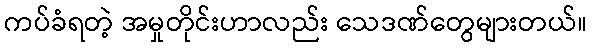
ကပ်ခံရတဲ့ အမှုတိုင်းဟာလည်း သေဒဏ်တွေများတယ်။